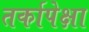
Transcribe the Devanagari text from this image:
तर्कापेक्षा